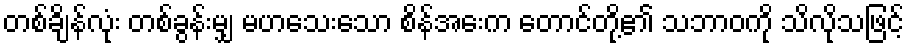
တစ်ချိန်လုံး တစ်ခွန်းမျှ မဟသေးသော စိန်အေးက တောင်တို့၏ သဘာဝကို သိလိုသဖြင့်